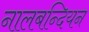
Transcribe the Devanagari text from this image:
नालबन्दियन